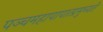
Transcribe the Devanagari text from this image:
पञ्चमहापापात्प्रमुच्यते